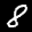
Label: 8